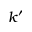
k ^ { \prime }